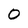
Character: 0